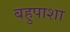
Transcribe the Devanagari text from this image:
बहुपाशा